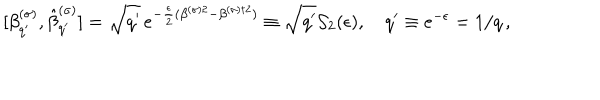
[ \beta _ { q ^ { \prime } } ^ { ( \sigma ) } , \hat { \beta } _ { q ^ { \prime } } ^ { ( \sigma ) } ] = \sqrt { q ^ { \prime } } \, e ^ { - \frac { \epsilon } { 2 } ( \beta ^ { ( \sigma ) 2 } - \beta ^ { ( \sigma ) \dagger 2 } ) } \equiv \sqrt { q ^ { \prime } } { \cal S } _ { 2 } ( \epsilon ) , \quad q ^ { \prime } \equiv e ^ { - \epsilon } = 1 / q \, { , }